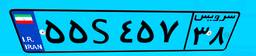
۲۳S۰۹۶۴۴